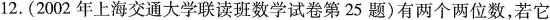
12.(2002年上海交通大学联读班数学试卷第25题)有两个两位数，若它